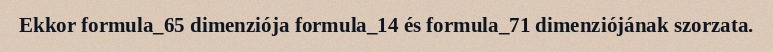
Ekkor formula_65 dimenziója formula_14 és formula_71 dimenziójának szorzata.